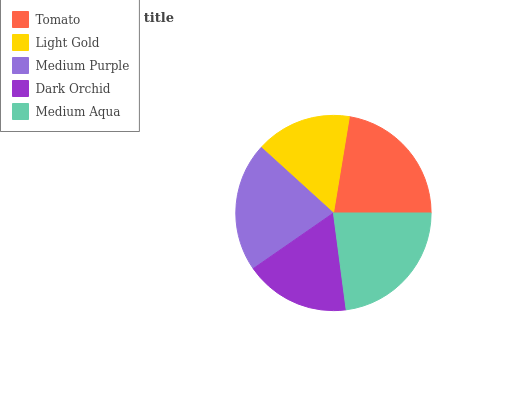
| Tomato | Light Gold | Medium Purple | Dark Orchid | Medium Aqua |
 | --- | --- | --- | --- | --- |
 | 22.4% | 15.9% | 21.3% | 17.5% | 22.9% |